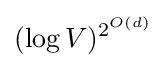
(\log V)^{2^{O(d)}}